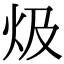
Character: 𤆣